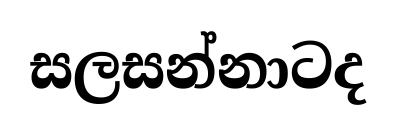
සලසන්නාටද